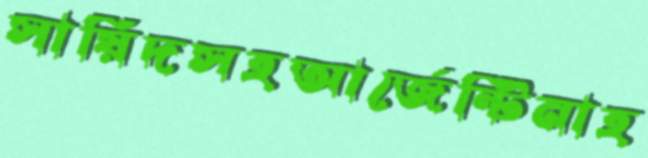
সায়িদসহআর্জেন্টিনাহ